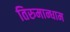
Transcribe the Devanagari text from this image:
तिरुमान्धाम